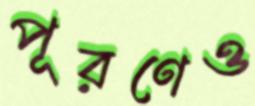
পূরণেও